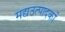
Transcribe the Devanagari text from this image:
मद्यउत्पादकों